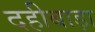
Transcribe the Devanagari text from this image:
दहीबाड़ा